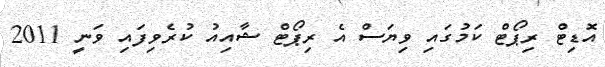
އޮޑިޓް ރިޕޯޓް ކަމުގައި ވިޔަސް އެ ރިޕޯޓް ޝާއިއު ކުރެވިފައި ވަނީ 2011